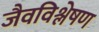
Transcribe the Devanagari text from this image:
जैवविश्लेषण